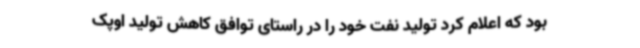
بود که اعلام کرد تولید نفت خود را در راستای توافق کاهش تولید اوپک